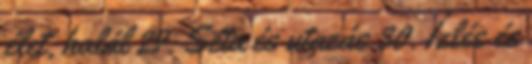
élet, halál 29. Séta és utazás 30. Ízlés és